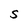
Character: S